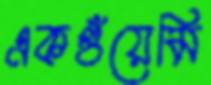
একগুঁয়েমি